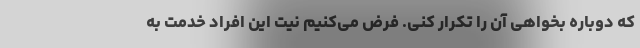
که دوباره بخواهی آن را تکرار کنی. فرض می‌کنیم نیت این افراد خدمت به